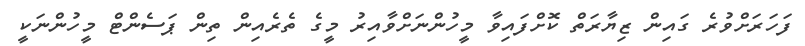
ފަހަރަށްވުރެ ގައިން ޒިޔާރަތް ކޮށްފައިވާ މީހުންނަށްވާއިރު މީގެ ތެރެއިން ތިން ޕަސެންޓް މީހުންނަކީ